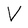
Character: V